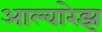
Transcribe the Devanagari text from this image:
आल्वारेझ